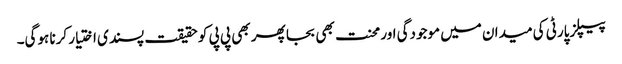
پیپلزپارٹی کی میدان میں موجودگی اور محنت بھی بجا پھر بھی پی پی کو حقیقت پسندی اختیار کرنا ہوگی۔